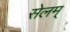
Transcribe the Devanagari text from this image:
सेलम्